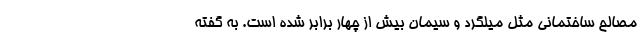
مصالح ساختمانی مثل میلگرد و سیمان بیش از چهار برابر شده است. به گفته